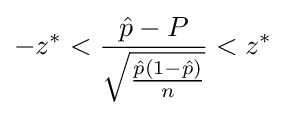
-z^{*}<{\frac {{\hat {p}}-P}{\sqrt {\frac {{\hat {p}}(1-{\hat {p}})}{n}}}}<z^{*}